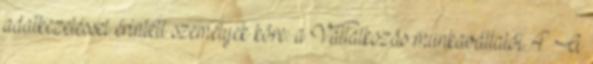
adatkezeléssel érintett személyek köre: a Vállalkozás munkavállalói. 4 A